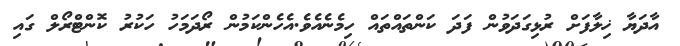
އާދަޔާ ޚިލާފަށް ރުޅިގަދަވުން ފަދަ ކަންތައްތައް ހިމެނެއެވެ.އެހެންކަމުން ރޯދަމަހު ހަކުރު ކޮންޓްރޯލް ގައި